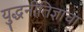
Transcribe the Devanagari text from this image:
युद्धनीतिज्ञांचा